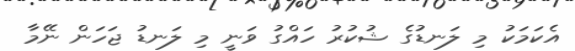
އެކަމަކު މި ލަނޑުގެ ޝުކުރު ހައްގު ވަނީ މި ލަނޑު ޖަހަން ނޭމާ